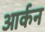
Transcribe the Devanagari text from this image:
आर्कन